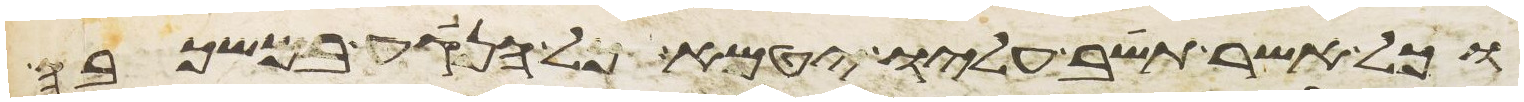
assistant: וכל אשר תשב עליו יטמא וכל הנגע במשכבה